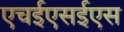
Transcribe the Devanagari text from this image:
एचईएसईएस